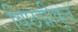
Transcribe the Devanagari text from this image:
विछद्मीकृत